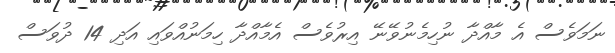
ނަމަވެސް އެ މާއްދާ ނުހިމެނުވޭނޭ އިރުވެސް އެމާއްދާ ހިމަނުއްވައި އަދި 14 ދުވަސް